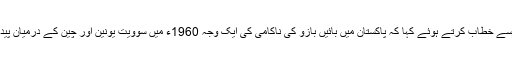
ڈاکٹر توصیف نے تقریب سے خطاب کرتے ہوئے کہا کہ پاکستان میں بائیں بازو کی ناکامی کی ایک وجہ 1960ء میں سوویت یونین اور چین کے درمیان پیدا ہونے والی کشمکش تھی۔